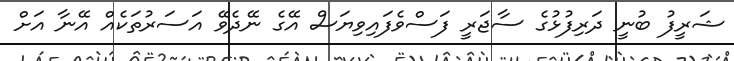
ޝަރީފު ބުނީ ދަރިފުޅުގެ ސާޖަރީ ފަސްވެފައިވިޔަސް އޭގެ ނޭދެވޭ އަސަރުތަކެއް އޭނާ އަށް